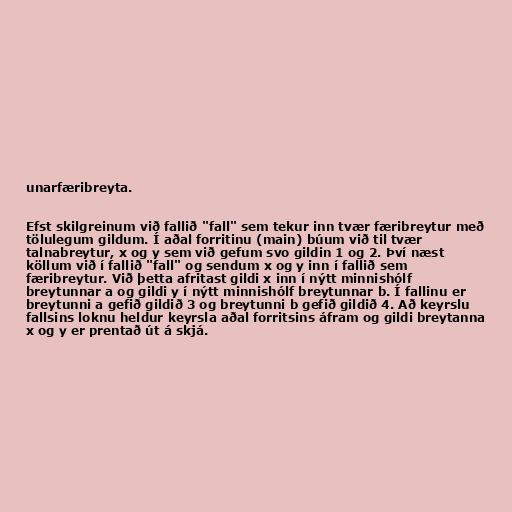
unarfæribreyta.

Efst skilgreinum við fallið "fall" sem tekur inn tvær færibreytur með
tölulegum gildum. Í aðal forritinu (main) búum við til tvær
talnabreytur, x og y sem við gefum svo gildin 1 og 2. Því næst
köllum við í fallið "fall" og sendum x og y inn í fallið sem
færibreytur. Við þetta afritast gildi x inn í nýtt minnishólf
breytunnar a og gildi y í nýtt minnishólf breytunnar b. Í fallinu er
breytunni a gefið gildið 3 og breytunni b gefið gildið 4. Að keyrslu
fallsins loknu heldur keyrsla aðal forritsins áfram og gildi breytanna
x og y er prentað út á skjá.